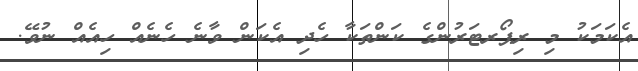
އެކަމަކު މި ރިޕޯރޓަރުންގެ ކަންތަކާ ހެދި އެކަން ވާނެ ހެނެއް ހިއެއް ނުވޭ.